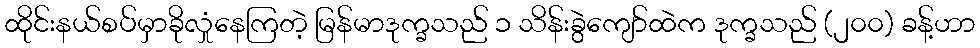
ထိုင်းနယ်စပ်မှာခိုလှုံနေကြတဲ့ မြန်မာဒုက္ခသည် ၁ သိန်းခွဲကျော်ထဲက ဒုက္ခသည် (၂၀၀) ခန့်ဟာ